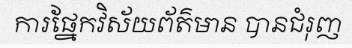
ការផ្នែកវិស័យព័ត៌មាន បានជំរុញ